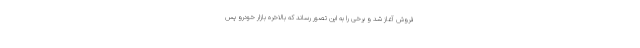
فروش آغاز شد و برخی را به این تصور رساند که بالاخره بازار خودرو پس